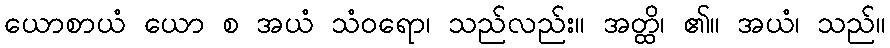
ယောစာယံ ယော စ အယံ သံဝရော၊ သည်လည်း။ အတ္ထိ၊ ၏။ အယံ၊ သည်။